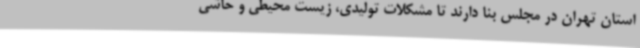
استان تهران در مجلس بنا دارند تا مشکلات تولیدی، زیست محیطی و حاشی